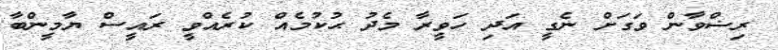
ރިޟްވާން ވަގަށް ނެގީ އަދި ހަވީރާ މެދު ޙުކުމެއް ކުރެއްވީ ރައީސް ޔާމީންބާ